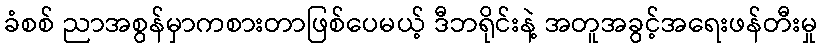
ခံစစ် ညာအစွန်မှာကစားတာဖြစ်ပေမယ့် ဒီဘရိုင်းနဲ့ အတူအခွင့်အရေးဖန်တီးမှု